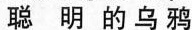
聪明的乌鸦